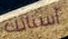
أسنانك